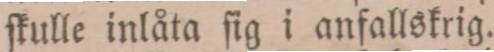
ſkulle inlåta ſig i anfallskrig.